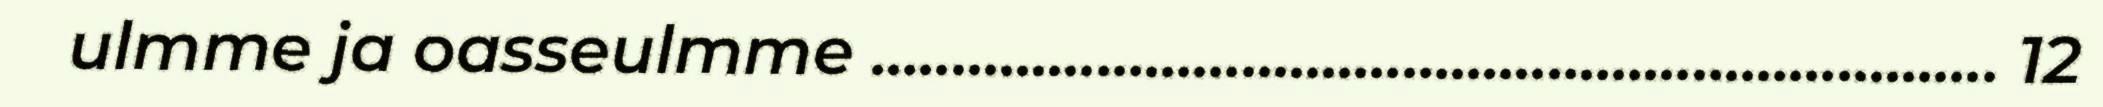
ulmme ja oasseulmme ...................................................................... 12